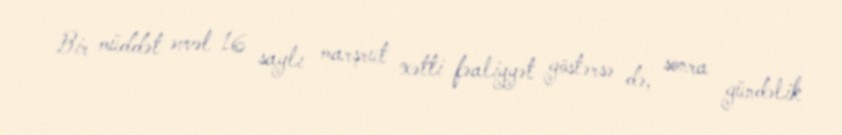
Bir müddət əvvəl 16 saylı marşrut xətti fəaliyyət göstərsə də, sonra gündəlik